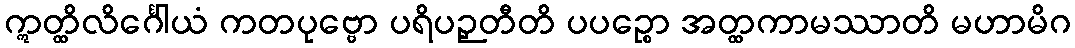
ဣတ္ထိလိင်္ဂေါယံ ကတပုဗ္ဗော ပရိပဉှတီတိ ပပဉ္စော အတ္ထကာမဿာတိ မဟာမိဂ